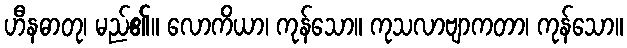
ဟီနဓာတု၊ မည်၏။ လောကိယာ၊ ကုန်သော။ ကုသလာဗျာကတာ၊ ကုန်သော။